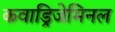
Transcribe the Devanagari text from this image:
कवाड्रिजेमिनल